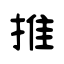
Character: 推